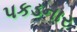
પકડનાર